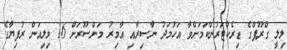
ލިލީ ގްރޫޕްގެ ޑިރެކްޓަރުންކަމަށްވާ އަހުމަދު ނާސިރާއި އާމިރު މަންސޫރަށް 16 މިލިއަން ރުފިޔާގެ